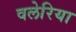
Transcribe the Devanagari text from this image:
वलेरिया